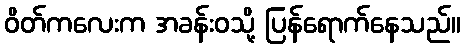
ဝိတ်ကလေးက အခန်းဝသို့ ပြန်ရောက်နေသည်။